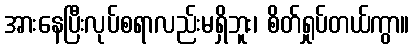
အားနေပြီးလုပ်စရာလည်းမရှိဘူး၊ စိတ်ရှုပ်တယ်ကွာ။